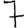
Digit: 7